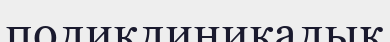
поликлиникалық